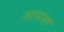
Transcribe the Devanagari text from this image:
आसाइष